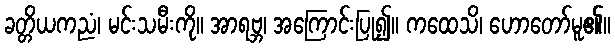
ခတ္တိယကညံ၊ မင်းသမီးကို။ အာရဗ္ဘ၊ အကြောင်းပြု၍။ ကထေသိ၊ ဟောတော်မူ၏။